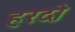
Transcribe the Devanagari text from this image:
हरदो